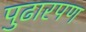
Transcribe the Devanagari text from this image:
पुढारपण